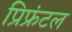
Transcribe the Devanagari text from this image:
प्रिफ्रंटल